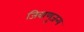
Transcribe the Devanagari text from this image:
जिवाणुजन्य